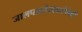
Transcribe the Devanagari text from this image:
जालपत्रलेखकांपैकी